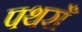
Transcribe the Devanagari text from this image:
पथराँ